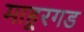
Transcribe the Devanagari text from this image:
माहूरगड